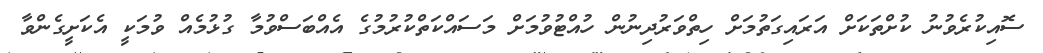
ސޮއިކުރެވުނު ކުށްތަކަށް އަރައިގަތުމަށް ހިތްވަރުދިނުން ހުއްޓުވުމަށް މަސައްކަތްކުރުމުގެ އެއްބަސްވުމާ ގުޅުމެއް ވުމަކީ އެކަށީގެންވާ